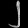
Digit: ၂